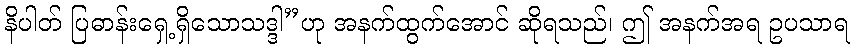
နိပါတ် ပြဓာန်းရှေ့ရှိသောသဒ္ဒါ”ဟု အနက်ထွက်အောင် ဆိုရသည်၊ ဤ အနက်အရ ဥပသာရ